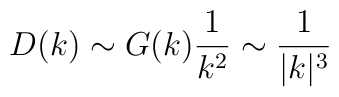
D(k)\sim G(k) {1\over k^{2}} \sim {1\over |k|^3}